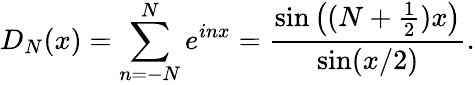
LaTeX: D_{N}(x)=\sum_{n=-N}^{N}e^{inx}={\frac{\sin\left((N+{\frac{1}{2}})x\right)}{\sin(x/2)}}.